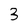
Character: 3